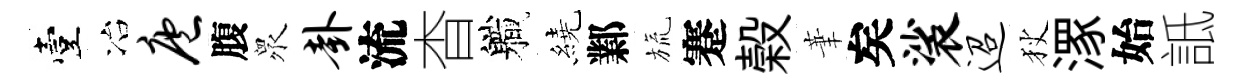
臺冶庖腹衆卦流杳軄繞鄴旒蹇榖茟矣裟迢狄潈始詆